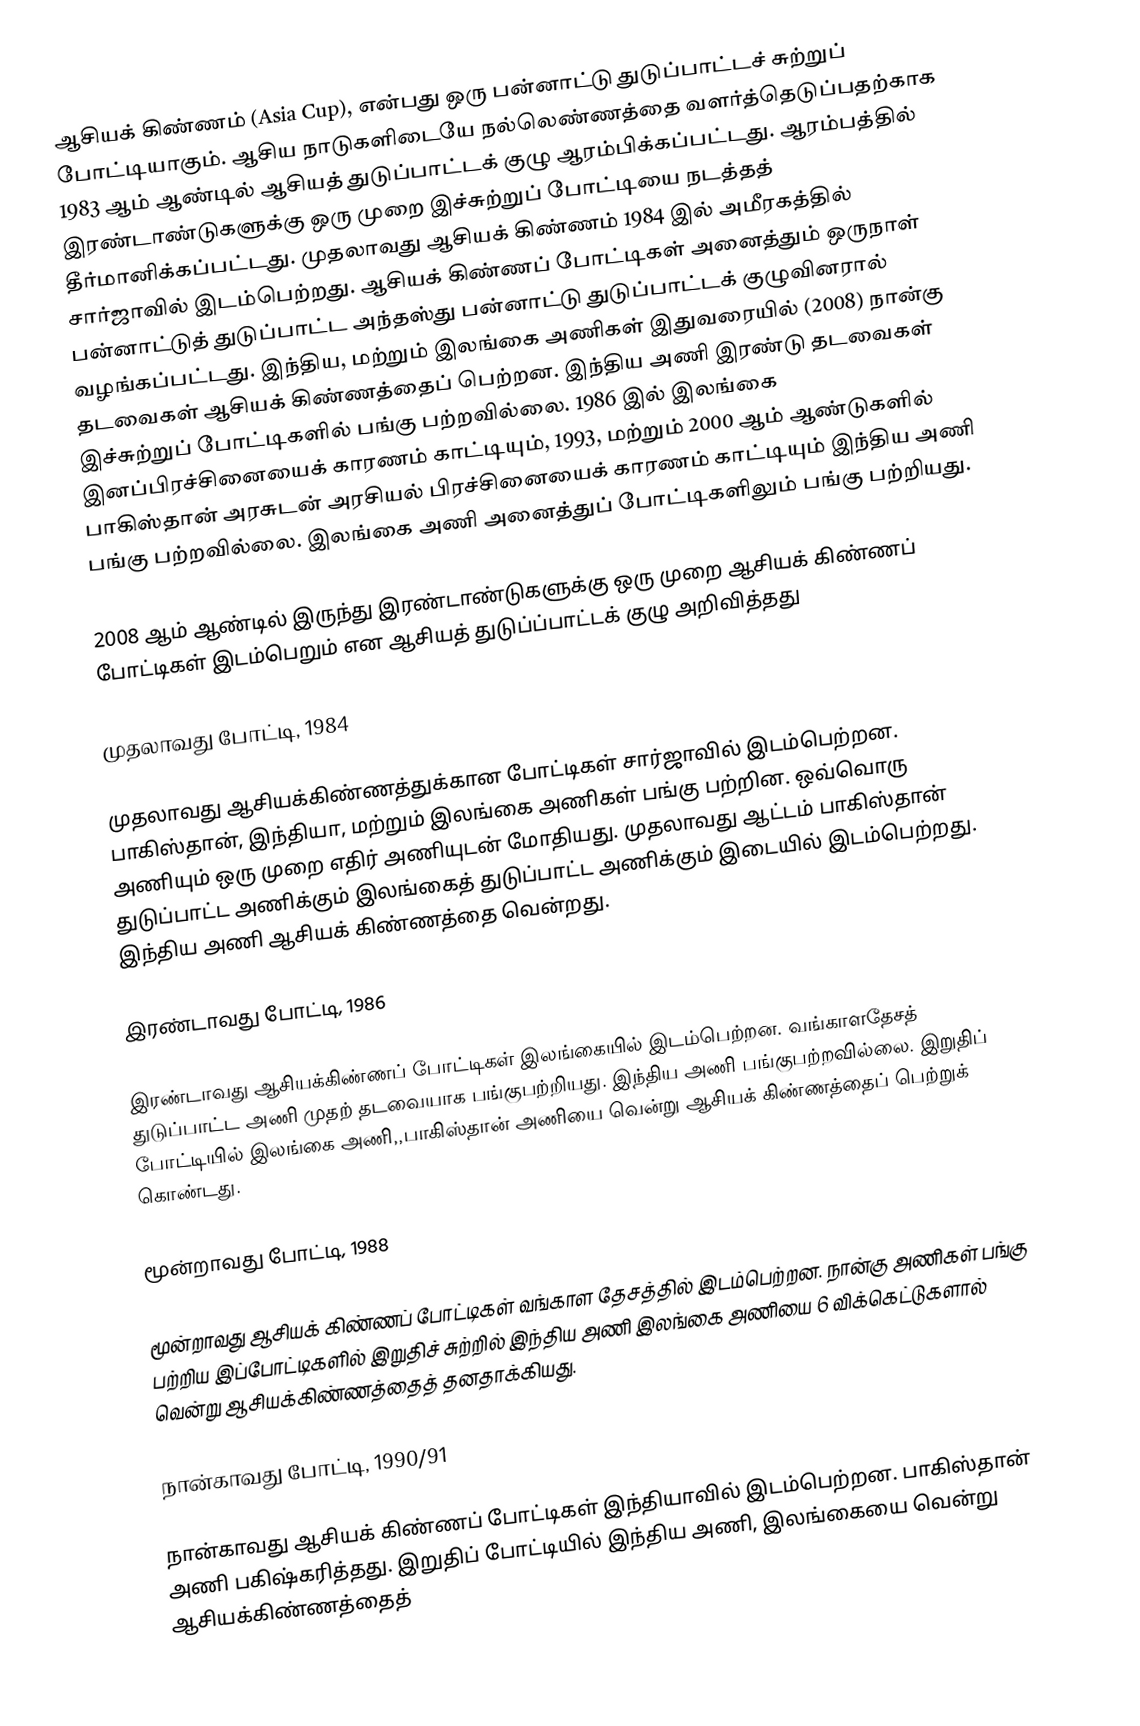
ஆசியக் கிண்ணம் (Asia Cup), என்பது ஒரு பன்னாட்டு துடுப்பாட்டச் சுற்றுப் போட்டியாகும். ஆசிய நாடுகளிடையே நல்லெண்ணத்தை வளர்த்தெடுப்பதற்காக 1983 ஆம் ஆண்டில் ஆசியத் துடுப்பாட்டக் குழு ஆரம்பிக்கப்பட்டது. ஆரம்பத்தில் இரண்டாண்டுகளுக்கு ஒரு முறை இச்சுற்றுப் போட்டியை நடத்தத் தீர்மானிக்கப்பட்டது. முதலாவது ஆசியக் கிண்ணம் 1984 இல் அமீரகத்தில் சார்ஜாவில் இடம்பெற்றது. ஆசியக் கிண்ணப் போட்டிகள் அனைத்தும் ஒருநாள் பன்னாட்டுத் துடுப்பாட்ட அந்தஸ்து பன்னாட்டு துடுப்பாட்டக் குழுவினரால் வழங்கப்பட்டது. இந்திய, மற்றும் இலங்கை அணிகள் இதுவரையில் (2008) நான்கு தடவைகள் ஆசியக் கிண்ணத்தைப் பெற்றன. இந்திய அணி இரண்டு தடவைகள் இச்சுற்றுப் போட்டிகளில் பங்கு பற்றவில்லை. 1986 இல் இலங்கை இனப்பிரச்சினையைக் காரணம் காட்டியும், 1993, மற்றும் 2000 ஆம் ஆண்டுகளில் பாகிஸ்தான் அரசுடன் அரசியல் பிரச்சினையைக் காரணம் காட்டியும் இந்திய அணி பங்கு பற்றவில்லை. இலங்கை அணி அனைத்துப் போட்டிகளிலும் பங்கு பற்றியது.

2008 ஆம் ஆண்டில் இருந்து இரண்டாண்டுகளுக்கு ஒரு முறை ஆசியக் கிண்ணப் போட்டிகள் இடம்பெறும் என ஆசியத் துடுப்ப்பாட்டக் குழு அறிவித்தது

முதலாவது போட்டி, 1984

முதலாவது ஆசியக்கிண்ணத்துக்கான போட்டிகள் சார்ஜாவில் இடம்பெற்றன. பாகிஸ்தான், இந்தியா, மற்றும் இலங்கை அணிகள் பங்கு பற்றின. ஒவ்வொரு அணியும் ஒரு முறை எதிர் அணியுடன் மோதியது. முதலாவது ஆட்டம் பாகிஸ்தான் துடுப்பாட்ட அணிக்கும் இலங்கைத் துடுப்பாட்ட அணிக்கும் இடையில் இடம்பெற்றது. இந்திய அணி ஆசியக் கிண்ணத்தை வென்றது.

இரண்டாவது போட்டி, 1986

இரண்டாவது ஆசியக்கிண்ணப் போட்டிகள் இலங்கையில் இடம்பெற்றன. வங்காளதேசத் துடுப்பாட்ட அணி முதற் தடவையாக பங்குபற்றியது. இந்திய அணி பங்குபற்றவில்லை. இறுதிப் போட்டியில் இலங்கை அணி,,பாகிஸ்தான் அணியை வென்று ஆசியக் கிண்ணத்தைப் பெற்றுக் கொண்டது.

மூன்றாவது போட்டி, 1988

மூன்றாவது ஆசியக் கிண்ணப் போட்டிகள் வங்காள தேசத்தில் இடம்பெற்றன. நான்கு அணிகள் பங்கு பற்றிய இப்போட்டிகளில் இறுதிச் சுற்றில் இந்திய அணி இலங்கை அணியை 6 விக்கெட்டுகளால் வென்று ஆசியக்கிண்ணத்தைத் தனதாக்கியது.

நான்காவது போட்டி, 1990/91

நான்காவது ஆசியக் கிண்ணப் போட்டிகள் இந்தியாவில் இடம்பெற்றன. பாகிஸ்தான் அணி பகிஷ்கரித்தது. இறுதிப் போட்டியில் இந்திய அணி, இலங்கையை வென்று ஆசியக்கிண்ணத்தைத்